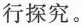
行探究。